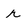
Character: r